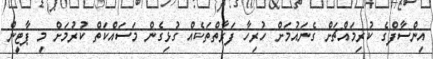
އިންސާފްގެ ކުރިމައްޗަށް ގެނައުމަށް ހުރިހާ ފަރާތްތަކެއް ގުޅިގެން މަސައްކަތް ކުރުމަށް މި ޕާޓީން